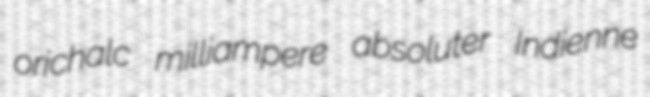
orichalc milliampere absoluter Indienne